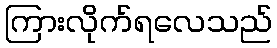
ကြားလိုက်ရလေသည်